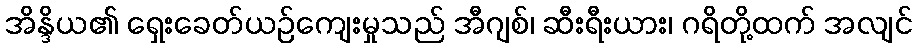
အိန္ဒိယ၏ ရှေးခေတ်ယဉ်ကျေးမှုသည် အီဂျစ်၊ ဆီးရီးယား၊ ဂရိတို့ထက် အလျင်